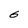
Character: b